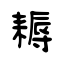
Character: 耨